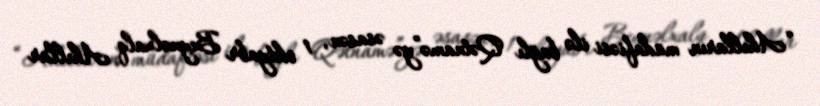
“Ahılların müdafiəsi ilə bağlı Qətnamə”yə əsasən, 1 oktyabr Beynəlxalq Ahıllar